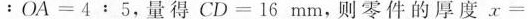
：O A = 4 5$$，量得$$D = 1 6 m m$$，则零件的厚度$$x =